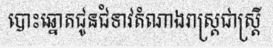
បោះឆ្នោតជូនជំទាវតំណាងរាស្ត្រជាស្ត្រី